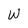
Character: W